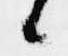
候